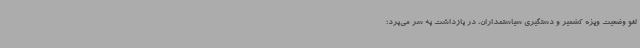
لغو وضعیت ویژه کشمیر و دستگیری سیاستمداران،‌ در بازداشت به سر می‌برد؛